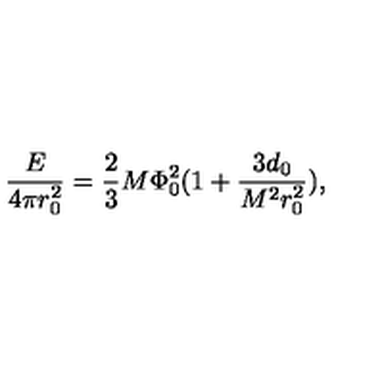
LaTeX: \frac { E } { 4 \pi r _ { 0 } ^ { 2 } } = \frac { 2 } { 3 } M \Phi _ { 0 } ^ { 2 } ( 1 + \frac { 3 d _ { 0 } } { M ^ { 2 } r _ { 0 } ^ { 2 } } ) ,